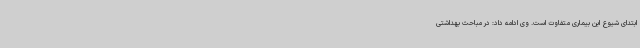
ابتدای شیوع این بیماری متفاوت است. وی ادامه داد: در مباحث بهداشتی